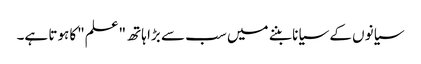
سیانوں کے سیانا بننے میں سب سے بڑا ہاتھ "علم"کا ہوتا ہے۔